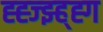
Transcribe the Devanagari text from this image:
ह्ह्ज्झ्ह्ह्ग